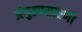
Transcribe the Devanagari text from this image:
अंगुष्ठप्रसारणी